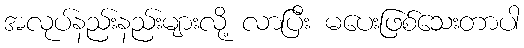
အလုပ်နည်းနည်းများလို့ လာပြီး မပေးဖြစ်သေးတာပါ